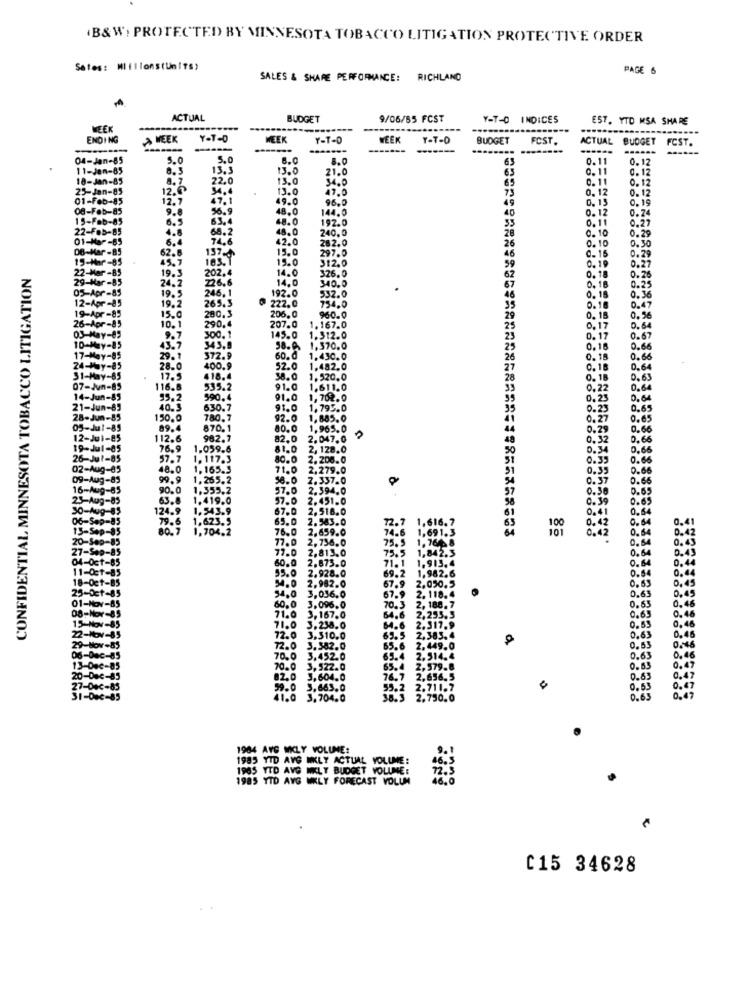
B&W) PROTECTED BY MINNESOTA TOBACCO LITIGATION PROTECTIVE ORDER
Sates: MIillons(Units)
PAGE 6
SALES & SHARE PERFORMANCE: RICHLAND
ACTUAL
BUDGET
9/06/55 FCST
Y-T-O INDICES
EST. YTD MSA SHARE
WEEK
ENDING
A WEEK
Y-T-D
WEEK
Y-T-D
WEEK
Y-T-D
BUDGET
FCST.
ACTUAL BUDGET
FCST.
---
04-Jan-85
5.0
5.0
8.0
6
0.11
0.12
11-Jan-85
0.5
13.3
13.0
21.0
63
0. 11
0. 12
18-Jan-85
8. 7
22.0
13.0
34.0
0. 11
25-Jan-85
12.@
34,4
13.0
47.0
73
0. 12
0.12
01-Feb-85
12.7
47.1
49.0
96.0
49
0.12
08-Feb-85
9.8
56.9
48.0
144.0
40
0.12
0. 15
0.19
15-Fab-85
63.4
48.0
192.0
33
0.11
0.24
0.27
22-Feb-85
6.5
4.6
68.2
48.0
240.0
0. 10
01-Mar-65
6.4
74.6
42.0
282.0
26
0.1
0.29
0.30
6-Mar -85
15.0
297.0
46
0. 15
45.7
62.5
137-
15.0
312.0
59
0.29
CONFIDENTIAL MINNESOTA TOBACCO LITIGATION
5-Mar-
14.0
326.0
0.
0.27
29-Mar -85
F-85
19. 3
226.6
202.4
14.0
340.0
62
0. 18
0.26
05-Apr-85
*- 85
24.2
532.0
0.
0.25
Apr-85
19.
246,1
192.0
754.0
46
0.5
19-Apr -85
19.
265.5
222.0
35
0. 1
0.18
0.4
26-Apr -8
15.0
280.3
206.0
960.0
29
0.17
10.1
290.4
207.0
1.167.0
25
0.64
03-May-85
300. 1
145.0
1.312.0
23
0.6
D-May-85
343.9
58.0
1.370,0
25
0.60
29.1
372.9
60.0
1.430.0
26
0.18
0.66
400.9
52.0
1,482.0
27
0. 18
0.6
17.9
418.4
38.0
1.520.0
28
0. 1
0.63
116.8
535.2
91.0
1.611.0
0,27
95.2
990.4
91.0
1,702.0
0. 6
40.3
630.7
91.0
1.795.0
0.6
150.0
780.7
92.0
1,885.0
0.65
89.4
870.1
80.0
1,965.0
0.6
112.6
982.7
82.0
2.047.0 ?
48
0,6
76.9
1.059.6
81.0 2, 128.0
50
0,66
37.7
1.117.3
80.0
2.206.0
31
48.0
1,165.3
71.0
2,279.0
31
99.9 1,265.2
58.0
2.337.0
54
0.66
90.0 1,355.2
57.0
2.394.0
57
0.
63.8 1.419.0
57.0
2.451.0
0.30
124.9 1.543.9
67.0
2.516.0
0.41
0.54
79.6 1,623.5
65.0
2.583.0
0.42
0.64
0,41
80.7
1,704.2
76.0
2.659.0
74.6
72.
1.69
100
0.42
0.42
2.736.0
1,76
0,64
0.43
2,813.0
79.5
75.5
1.842.
0.64
0.43
2.873.0
71.1
1.913.4
0.6
0.44
60.0
2.928.0
69.2
O.
0,44
1.982.6
0,45
54.0 2,982.0
67.9 2,050.5
0.53
0.6
54.0 3,036.0
67.9 2. 118.4
60.0 3.096.0
70. 3 2, 188.7
D.65
71.0 3,167.0
64.6 2,255.5
0.65
3.238.0
64.6 2.317.9
0.53
0,4
72.0 3,310.0
69.5 2,383.4
0.63
72.0 3.382.0
65.6 2,449.0
0,63
70.0 3,452.0
65.4 2.514.4
0.63
0,40
70.0 3,522.0
65.4 2,579.8
0.47
0 3,604.0
76.7 2,656.5
0.63
59.0 5.663.0
55.2 2.711.7
0.5
41.0 3,704.0
38.3 2.750.0
0,65
0,49
1904 AYS WKLY VOLUME:
1983 YTD AVG WKLY ACTUAL VOLUME:
19OS VTD AVG MIKLY BUDGET VOLUME:
1983 TID AYG WKLY FORECAST VOLUM
C15 34628